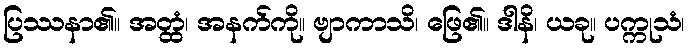
ပြဿနာ၏။ အတ္ထံ၊ အနက်ကို။ ဗျာကာသိ၊ ဖြေ၏။ ဒါနိ၊ ယခု။ ပက္ကုသံ၊